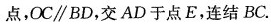
点，OC // BD，交AD于点E，连结BC.